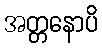
အတ္တနောပိ